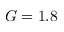
G = 1 . 8